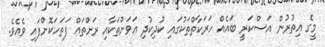
މީގެ އިތުރުން އަސްކަރީ ބައެއް ހަރަކާތްތަކުގައި ކުދިކުދި އަވަށްތަކާއި ރަށްތައް ފަތަހަކޮށްފައި ވެއެވެ.